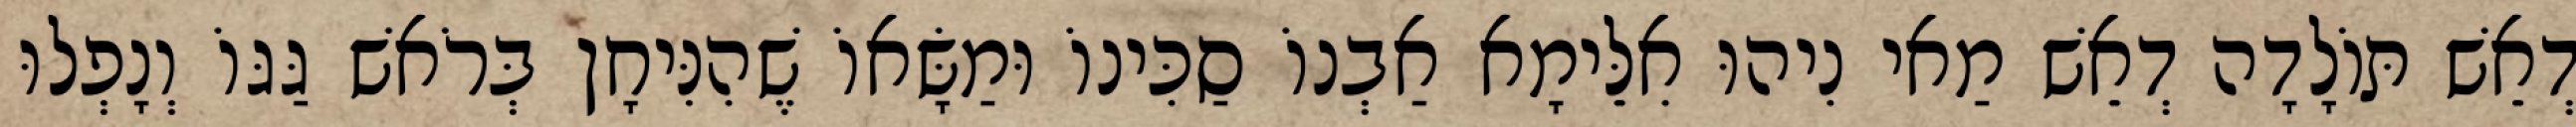
דְאֵשׁ תּוֹלָדָה דְאֵשׁ מַאי נִיהוּ אִלֵּימָא אַבְנוֹ סַכִּינוֹ וּמַשָּׂאוֹ שֶׁהִנִּיחָן בְּרֹאשׁ גַּגּוֹ וְנָפְלוּ